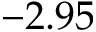
- 2 . 9 5